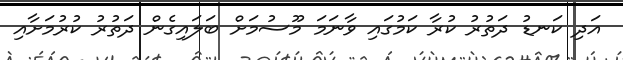
އަދި ކަނޑު ދަތުރު ކުރާ ކަމުގައި ވާނަމަ މޫސުމަށް ބަލައިގެން ދަތުރު ކުރުމަށާއި